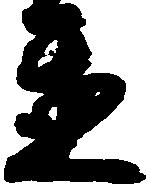
置